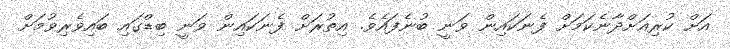
އަށް ކުރިއަށްދާނެކަމަށް ފެނަކައިން ވަނީ ބުނެފައެވެ. އިތުރަށް ފެނަކައިން ވަނީ ބިޑްގައި ބައިވެރިވުމަށް